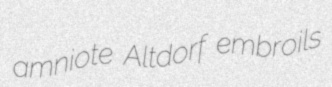
amniote Altdorf embroils